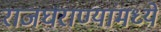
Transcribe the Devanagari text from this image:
राजघराण्यांमध्ये